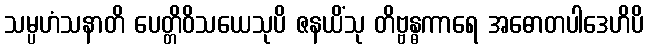
သမ္ပဟံသနာတိ ပေတ္တိဝိသယေသုပိ ဇနယိံသု တိဗ္ဗန္ဓကာရေ အဓောတပါဒေဟိပိ